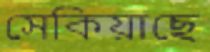
সেকিয়াছে